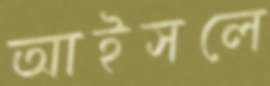
আইসলে